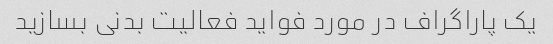
یک پاراگراف در مورد فواید فعالیت بدنی بسازید